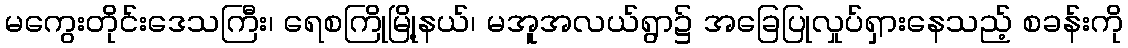
မကွေးတိုင်းဒေသကြီး၊ ရေစကြိုမြို့နယ်၊ မအူအလယ်ရွာ၌ အခြေပြုလှုပ်ရှားနေသည့် စခန်းကို